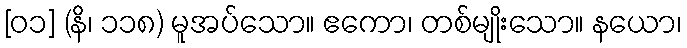
[၀၁] (နိ၊ ၁၁၈) မူအပ်သော။ ဧကော၊ တစ်မျိုးသော။ နယော၊